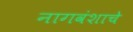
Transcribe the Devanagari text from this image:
नागवंशाचे